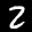
Label: 2